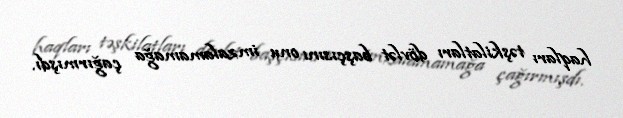
haqları təşkilatları dövlət başçısını onu imzalamamağa çağırmışdı.